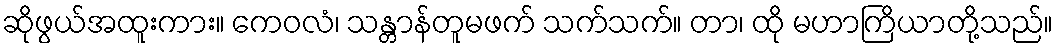
ဆိုဖွယ်အထူးကား။ ကေဝလံ၊ သန္တာန်တူမဖက် သက်သက်။ တာ၊ ထို မဟာကြိယာတို့သည်။